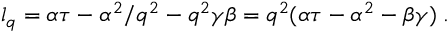
l _ { q } = \alpha \tau - \alpha ^ { 2 } / q ^ { 2 } - q ^ { 2 } \gamma \beta = q ^ { 2 } ( \alpha \tau - \alpha ^ { 2 } - \beta \gamma ) \; .